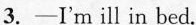
3. -I'm ill in bed.